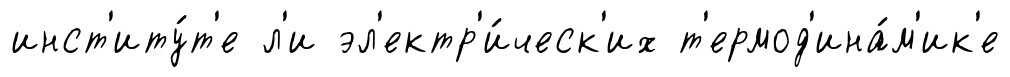
инст'иту́т'е л'и эл'ектр'и́ческ'их т'ермод'ина́м'ик'е